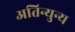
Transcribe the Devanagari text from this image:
अतिन्युन्य